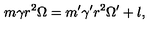
m \gamma r ^ { 2 } \Omega = m ^ { \prime } \gamma ^ { \prime } r ^ { 2 } \Omega ^ { \prime } + l ,